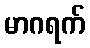
မာဂရက်